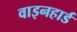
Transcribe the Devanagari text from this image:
वाइनहार्ड